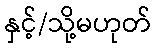
နှင့်/သို့မဟုတ်